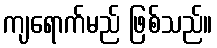
ကျရောက်မည် ဖြစ်သည်။